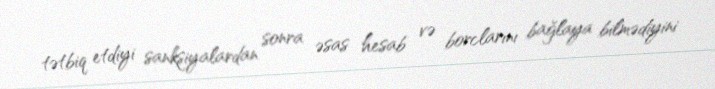
tətbiq etdiyi sanksiyalardan sonra əsas hesab və borclarını bağlaya bilmədiyini